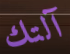
آلتك